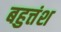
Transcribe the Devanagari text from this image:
बहुत्तंश